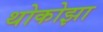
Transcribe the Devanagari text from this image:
थोकोझा